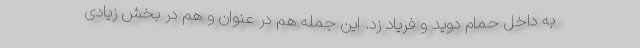
به داخل حمام دوید و فریاد زد. این جمله هم در عنوان و هم در بخش زیادی